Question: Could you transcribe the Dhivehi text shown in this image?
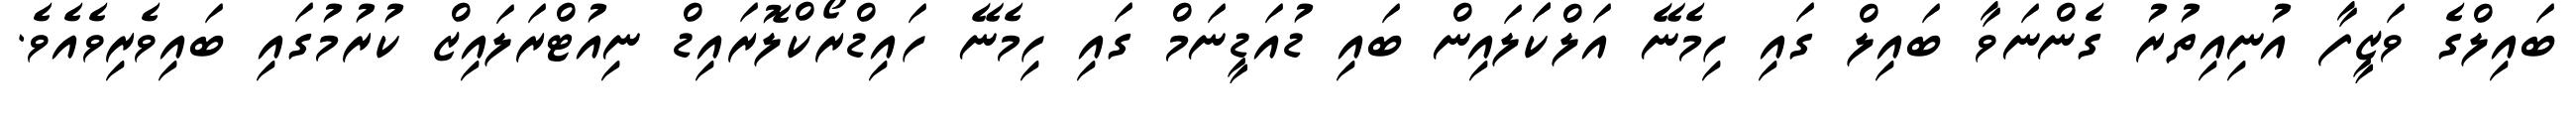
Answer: ބައިލްގެ ވަޒީފާ އުނިއިތުރު ގެންނަވާ ބައިލް ގައި ހިމެނޭ އަލްކަަލައިން ބައި ޑުއަޑީނަމް ގައި ހިމެނޭ ހައިޑްރޯކްލޮރައިޑް ނިއުޓްރަލައިޒް ކުރުމުގައި ބައިވެރިވެއެވެ.